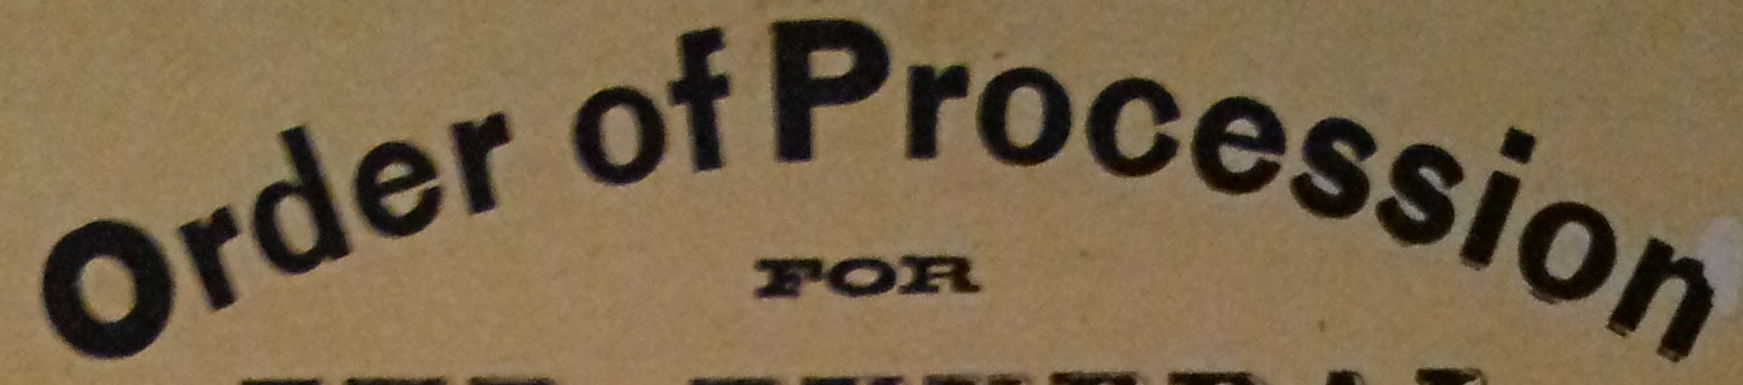
Order of Procession